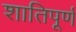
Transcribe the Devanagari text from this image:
शातिपूर्ण